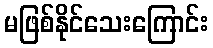
မဖြစ်နိုင်သေးကြောင်း